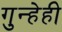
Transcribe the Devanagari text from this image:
गुन्हेही